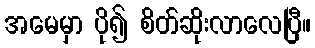
အမေမှာ ပို၍ စိတ်ဆိုးလာလေပြီ။